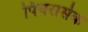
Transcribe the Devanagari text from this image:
पियरासेक